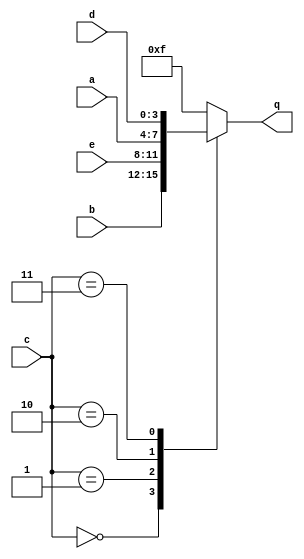
module top_module (
    input [3:0] a,
    input [3:0] b,
    input [3:0] c,
    input [3:0] d,
    input [3:0] e,
    output [3:0] q );
    
    reg [3:0] out;
    
    always @* begin
        case(c)
            4'b0000: out = b;
            4'b0001: out = e;
            4'b0010: out = a;
            4'b0011: out = d;
            default: out = 4'b1111;
        endcase
    end
    assign q = out;

endmodule